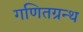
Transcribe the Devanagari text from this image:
गणितग्रन्थ